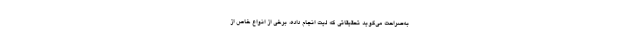
به‌صراحت می‌گوید تحقیقاتی که لیت انجام داده، برخی از انواع خاص از